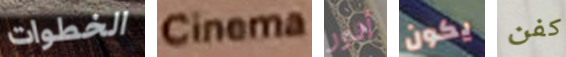
الخطوات Cinema أنور يكون كفن